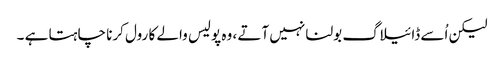
لیکن اُسے ڈائیلاگ بولنا نہیں آتے ، وہ پولیس والے کا رول کرنا چاہتا ہے ۔